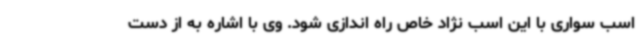
اسب سواری با این اسب نژاد خاص راه اندازی شود. وی با اشاره به از دست